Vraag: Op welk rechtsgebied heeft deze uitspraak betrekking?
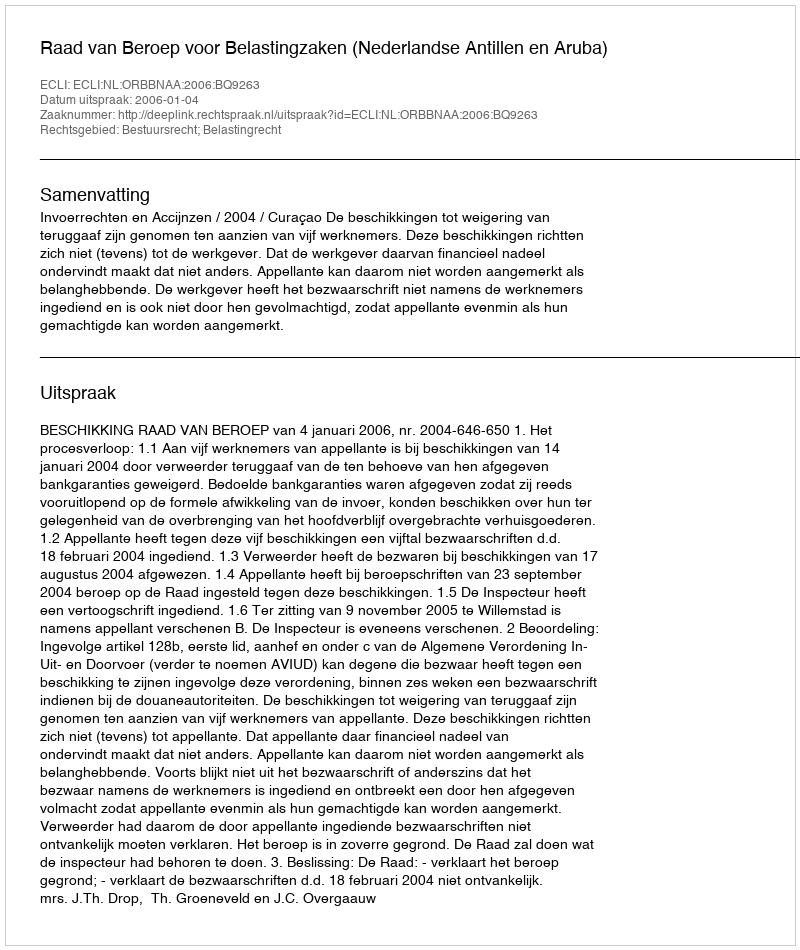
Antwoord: Bestuursrecht; Belastingrecht